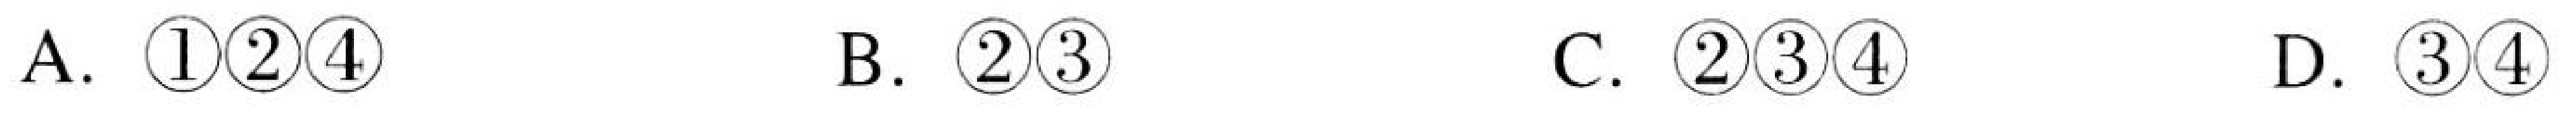
A. \(\textcircled{1}\textcircled{2}\textcircled{4}\)  \(\qquad\) B. \(\textcircled{2}\textcircled{3}\)  \(\qquad\) C. \(\textcircled{2}\textcircled{3}\textcircled{4}\)  \(\qquad\) D. \(\textcircled{3}\textcircled{4}\)